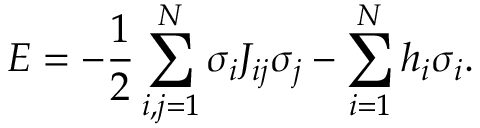
E = - \frac { 1 } { 2 } \sum _ { i , j = 1 } ^ { N } \sigma _ { i } J _ { i j } \sigma _ { j } - \sum _ { i = 1 } ^ { N } h _ { i } \sigma _ { i } .